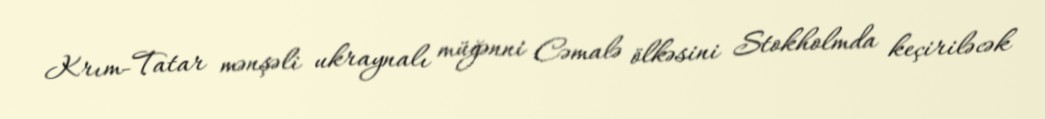
Krım-Tatar mənşəli ukraynalı müğənni Cəmalə ölkəsini Stokholmda keçiriləcək